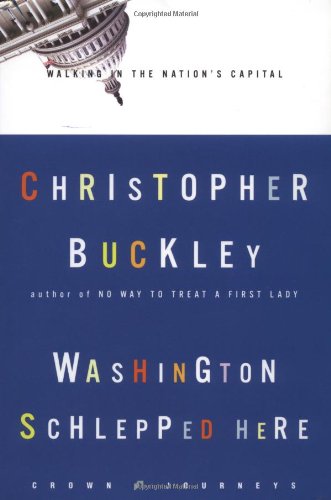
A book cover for Washington Schlepped Here: Walking in the Nation's Capital (Crown Journeys); Christopher Buckley; Travel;